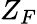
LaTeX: Z_{F}